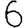
Digit: 6